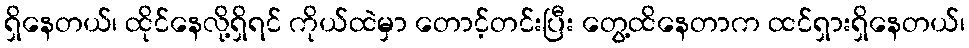
ရှိနေတယ်၊ ထိုင်နေလို့ရှိရင် ကိုယ်ထဲမှာ တောင့်တင်းပြီး တွေ့ထိနေတာက ထင်ရှားရှိနေတယ်၊